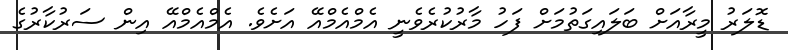
ޑޮލަރު މީރާއަށް ބަލައިގަތުމަށް ފަހު މާރުކުރެވެނީ އެމްއެމްއޭ އަށެވެ. އެމްއެމްއޭ އިން ސަރުކާރުގެ